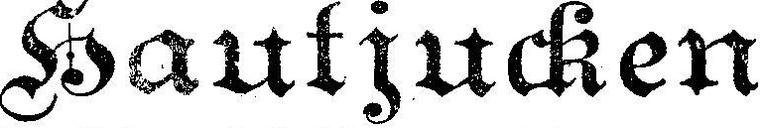
Hautjucken